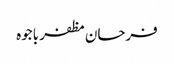
فرحان مظفر باجوہ